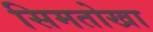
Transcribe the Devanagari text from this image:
सिमतोखा